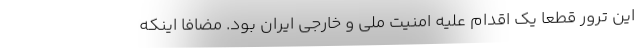
این ترور قطعاً یک اقدام علیه امنیت ملی و خارجی ایران بود. مضافا اینکه